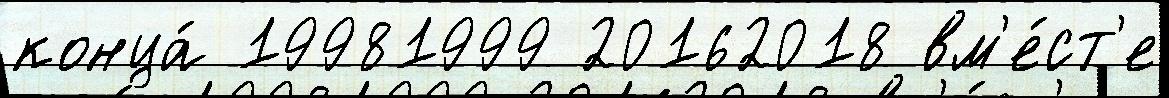
конца́ 19981999 20162018 вм'е́ст'е